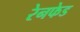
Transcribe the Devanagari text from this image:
रेनफेड